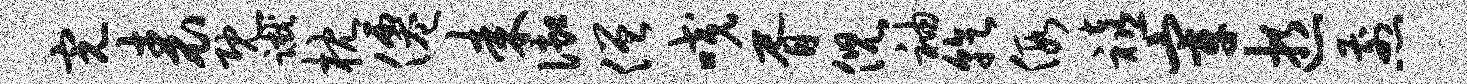
完表既蹴枕仙耒御僧咬胥倪袖乾假禧宰逝煎